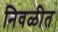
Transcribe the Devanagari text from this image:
निवळीत